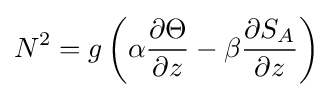
N^{2}=g\left(\alpha {\frac {\partial \Theta }{\partial z}}-\beta {\frac {\partial S_{A}}{\partial z}}\right)